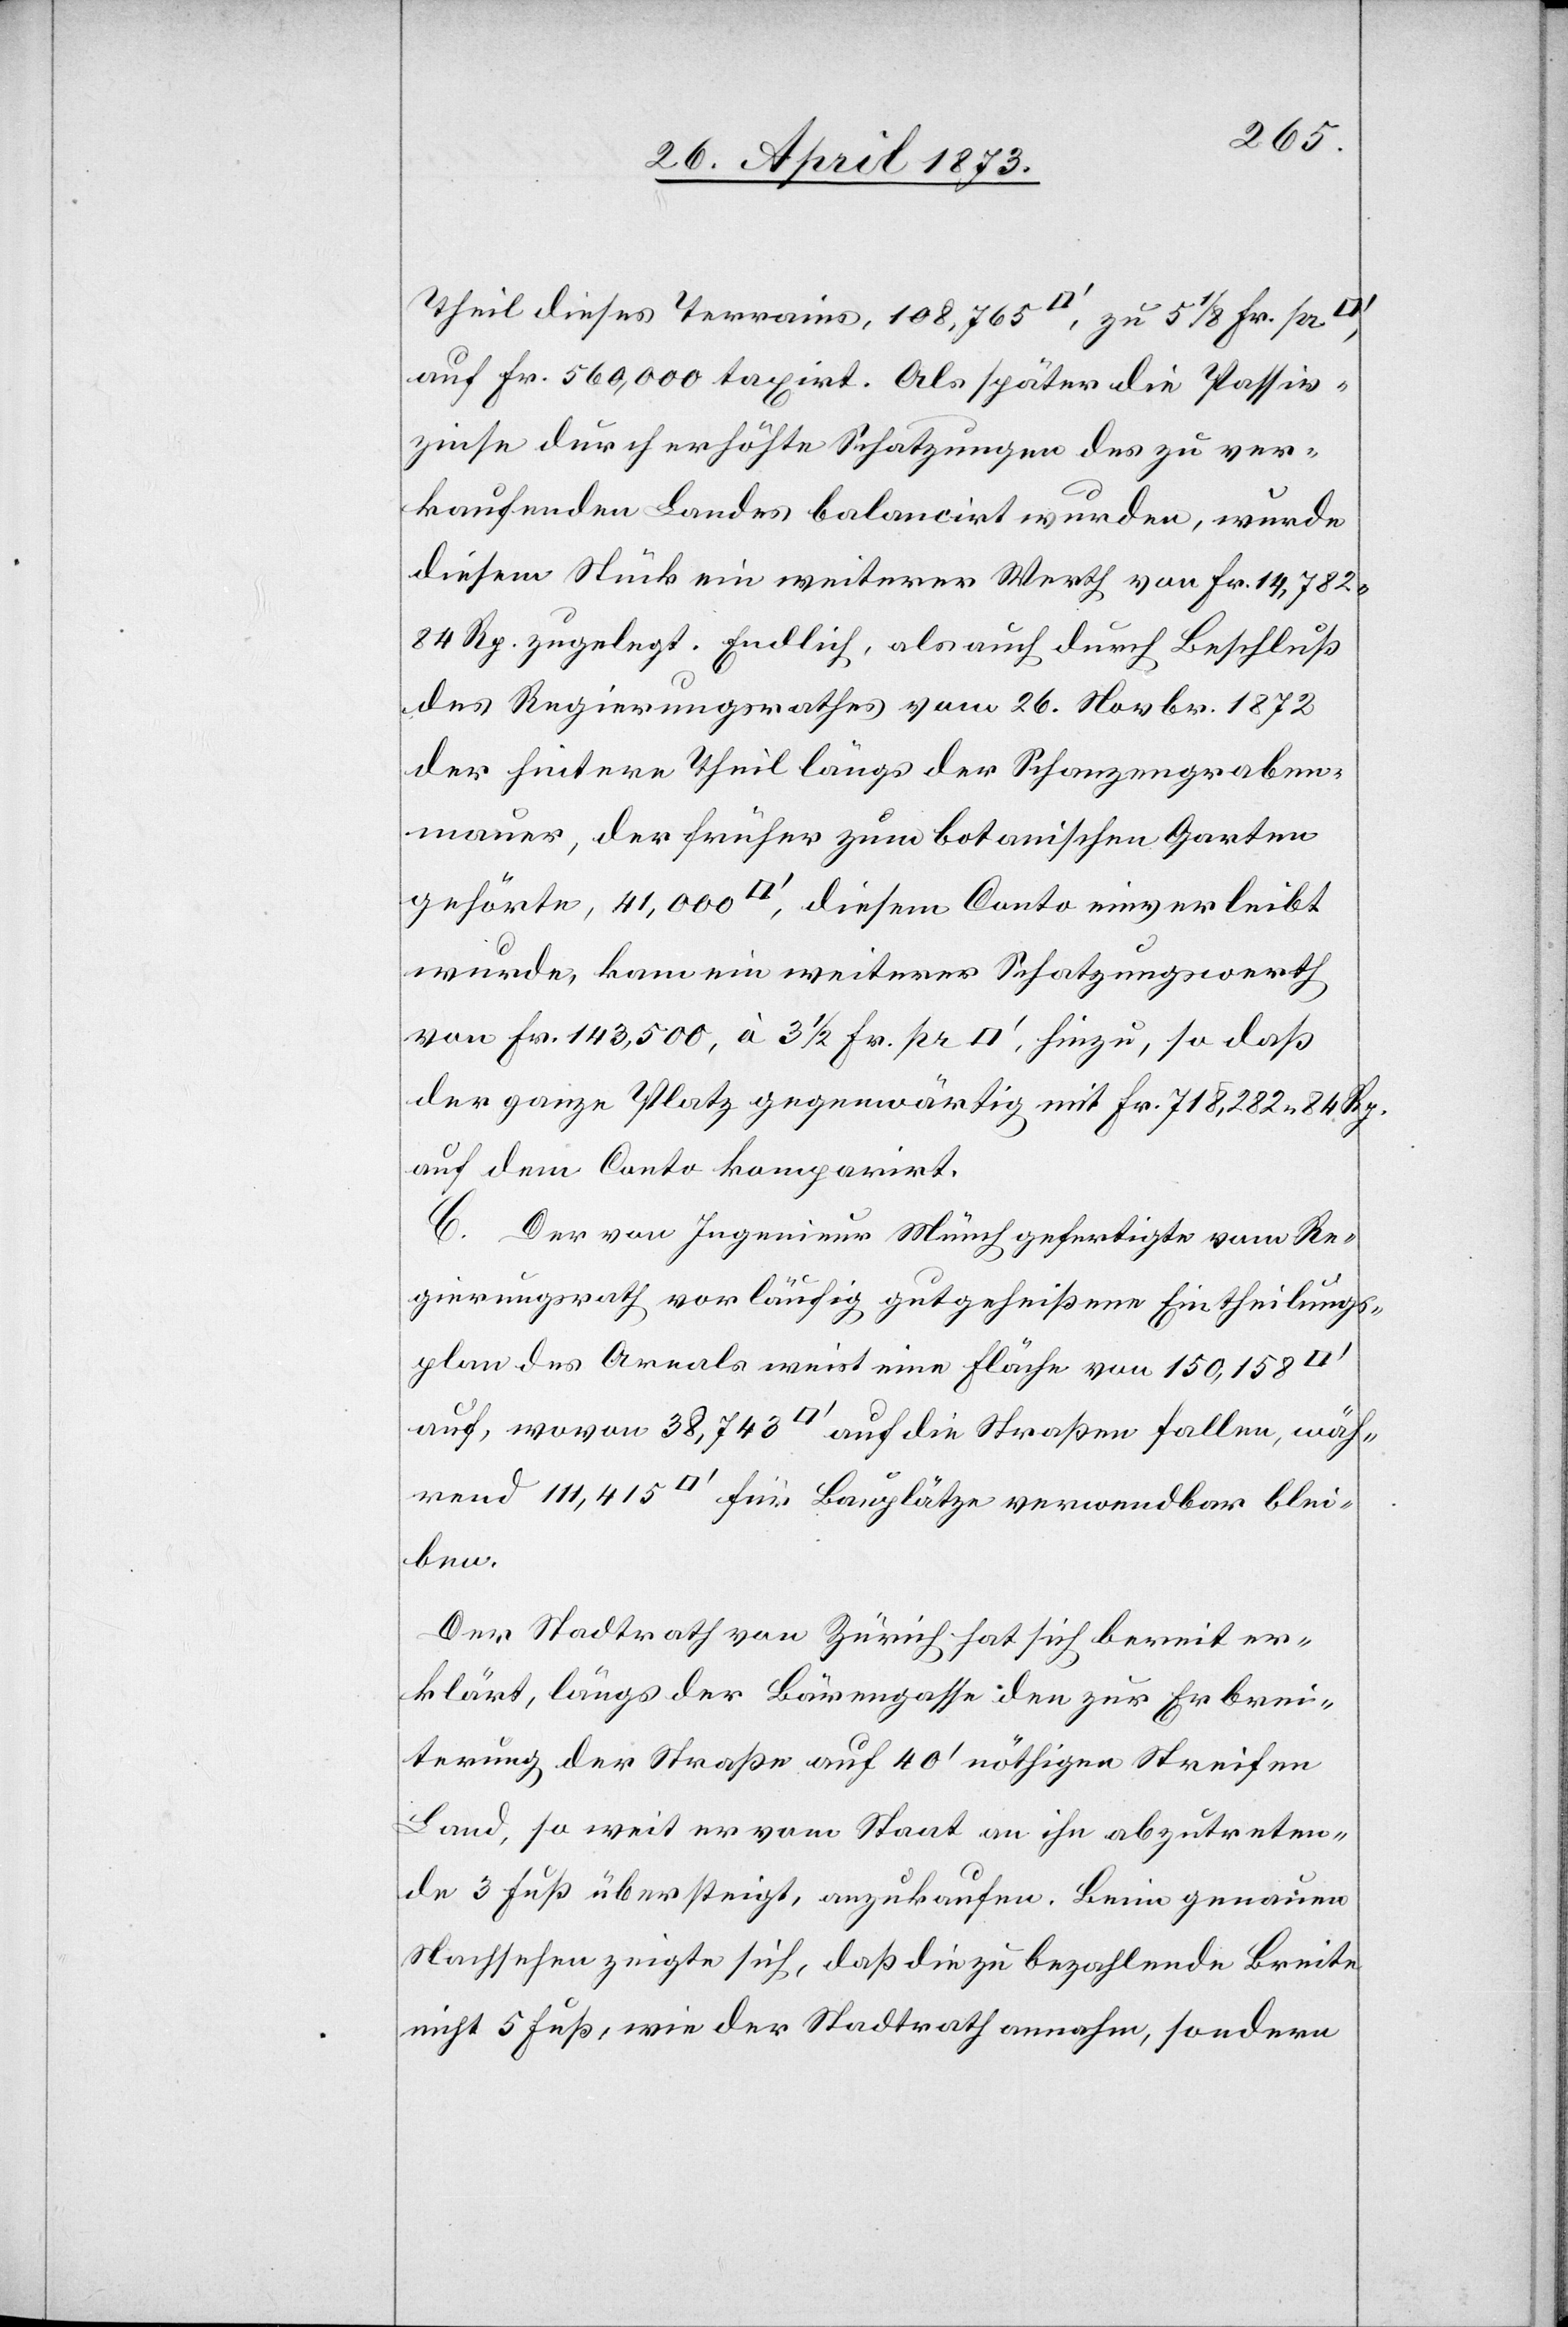
Theil dieses Terrains, 108,765 [Quadratfuss], zu 5 1/8 Fr. pr
auf Fr. 560,000 taxirt. Als später die Passiv¬
zinse durch erhöhte Schatzungen des zu ver¬
kaufenden Landes balancirt wurden, wurde
diesem Stück ein weiterer Werth von Fr. 14,782
84 Rp. zugelegt. Endlich, als auch durch Beschluß
des Regierungsrathes vom 26. Novbr. 1872
der hintere Theil längs der Schanzengraben¬
mauer, der früher zum botanischen Garten
gehörte, 41,000 [Quadratfuss], diesem Conto einverleibt
wurde, kam ein weiterer Schatzungswerth
von Fr. 143,5000, à 3 1/2 Fr. pr [Quadratfuss], hinzu, so daß
der ganze Platz gegenwärtig mit Fr. 718,282 84 Rp.
auf dem Conto komparirt.
C. Der von Ingenieur Münch gefertigte vom Re¬
gierungsrath vorläufig gutgeheißene Eintheilungs¬
plan des Areals weist eine Fläche von 150,158
auf, wovon 38,743 [Quadratfuss] auf die Straßen fallen, wäh¬
rend 111,415 [Quadratfuss] für Bauplätze verwendbar blei¬
ben.
Der Stadtrath von Zürich hat sich bereit er¬
klärt, längs der Bärengasse den zur Erbrei¬
terung der Straße auf 40‘ nöthigen Streifen
Land, so weit er vom Staat an ihn abzutreten¬
de 3 Fuß übersteigt, anzukaufen. Beim genauen
Nachsehen zeigte sich, daß die zu bezahlende Breite
nicht 5 Fuß, wie der Stadtrath annahm, sondern